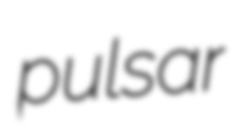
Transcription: pulsar